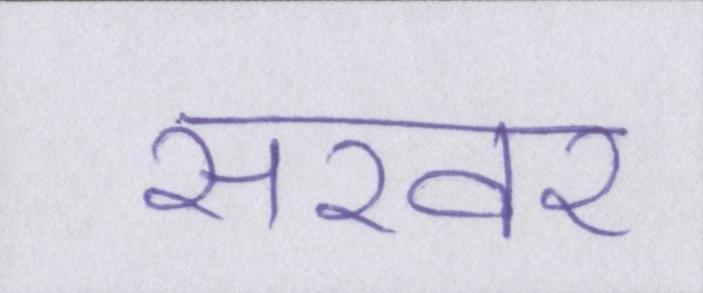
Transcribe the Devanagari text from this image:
सरवर